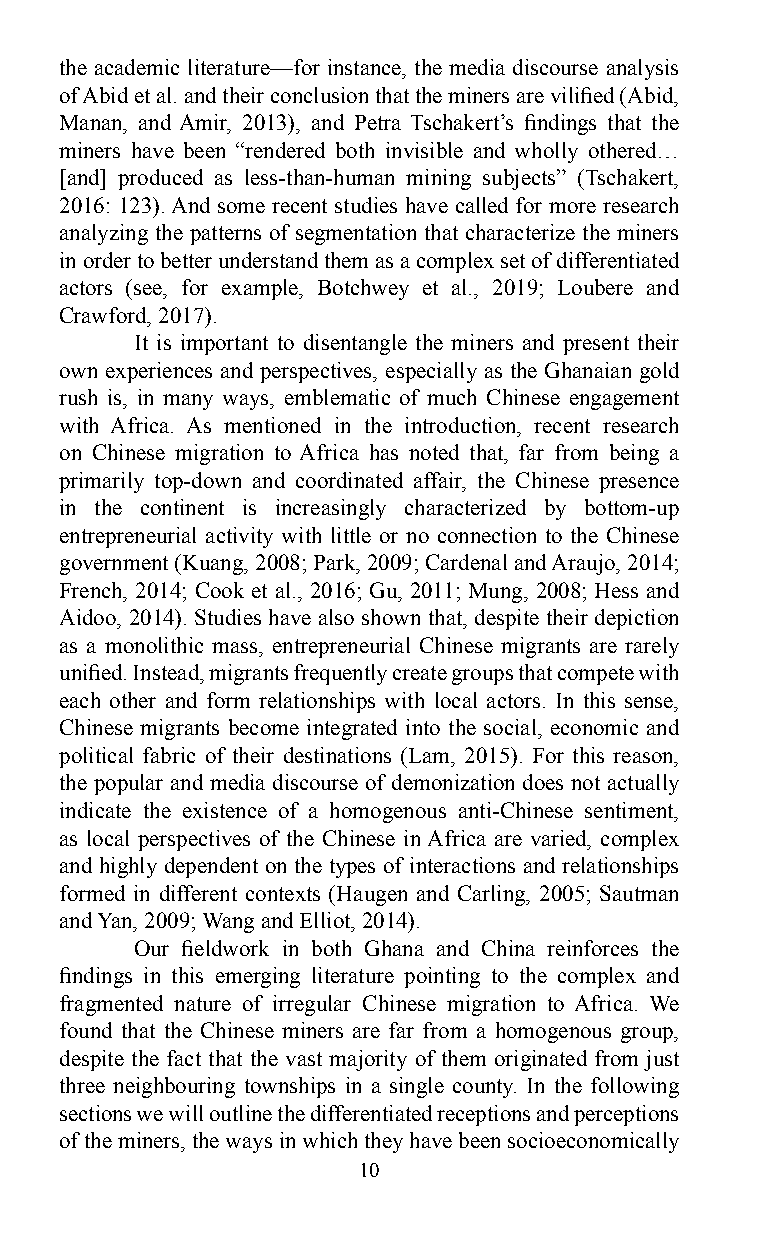
the academic literature—for instance, the media discourse analysis
 of Abid et al. and their conclusion that the miners are vilified (Abid,
 Manan, and Amir, 2013), and Petra Tschakert’s findings that the
 miners have been “rendered both invisible and wholly othered…
 [and] produced as less-than-human mining subjects” (Tschakert,
 2016: 123). And some recent studies have called for more research
 analyzing the patterns of segmentation that characterize the miners
 in order to better understand them as a complex set of differentiated
 actors (see, for example, Botchwey et al., 2019; Loubere and
 Crawford, 2017).
 It is important to disentangle the miners and present their
 own experiences and perspectives, especially as the Ghanaian gold
 rush is, in many ways, emblematic of much Chinese engagement
 with Africa. As mentioned in the introduction, recent research
 on Chinese migration to Africa has noted that, far from being a
 primarily top-down and coordinated affair, the Chinese presence
 in the continent is increasingly characterized by bottom-up
 entrepreneurial activity with little or no connection to the Chinese
 government (Kuang, 2008; Park, 2009; Cardenal and Araujo, 2014;
 French, 2014; Cook et al., 2016; Gu, 2011; Mung, 2008; Hess and
 Aidoo, 2014). Studies have also shown that, despite their depiction
 as a monolithic mass, entrepreneurial Chinese migrants are rarely
 unified. Instead, migrants frequently create groups that compete with
 each other and form relationships with local actors. In this sense,
 Chinese migrants become integrated into the social, economic and
 political fabric of their destinations (Lam, 2015). For this reason,
 the popular and media discourse of demonization does not actually
 indicate the existence of a homogenous anti-Chinese sentiment,
 as local perspectives of the Chinese in Africa are varied, complex
 and highly dependent on the types of interactions and relationships
 formed in different contexts (Haugen and Carling, 2005; Sautman
 and Yan, 2009; Wang and Elliot, 2014).
 Our fieldwork in both Ghana and China reinforces the
 findings in this emerging literature pointing to the complex and
 fragmented nature of irregular Chinese migration to Africa. We
 found that the Chinese miners are far from a homogenous group,
 despite the fact that the vast majority of them originated from just
 three neighbouring townships in a single county. In the following
 sections we will outline the differentiated receptions and perceptions
 of the miners, the ways in which they have been socioeconomically
 10